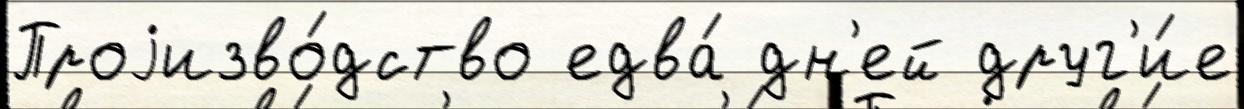
Проjизво́дство едва́ дн'ей друг'и́е